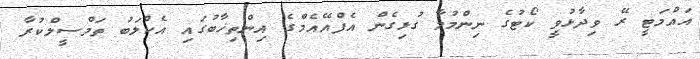
އައްމަޓީ ރޭ ވިދާޅުވީ ކޯޓުގެ ނިންމުމާ ގުޅިގެން އެފްއޭއެމްގެ އިންތިޚާބުގައި އެކްލަބު ތަމްސީލްކުރާ